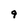
Character: 9